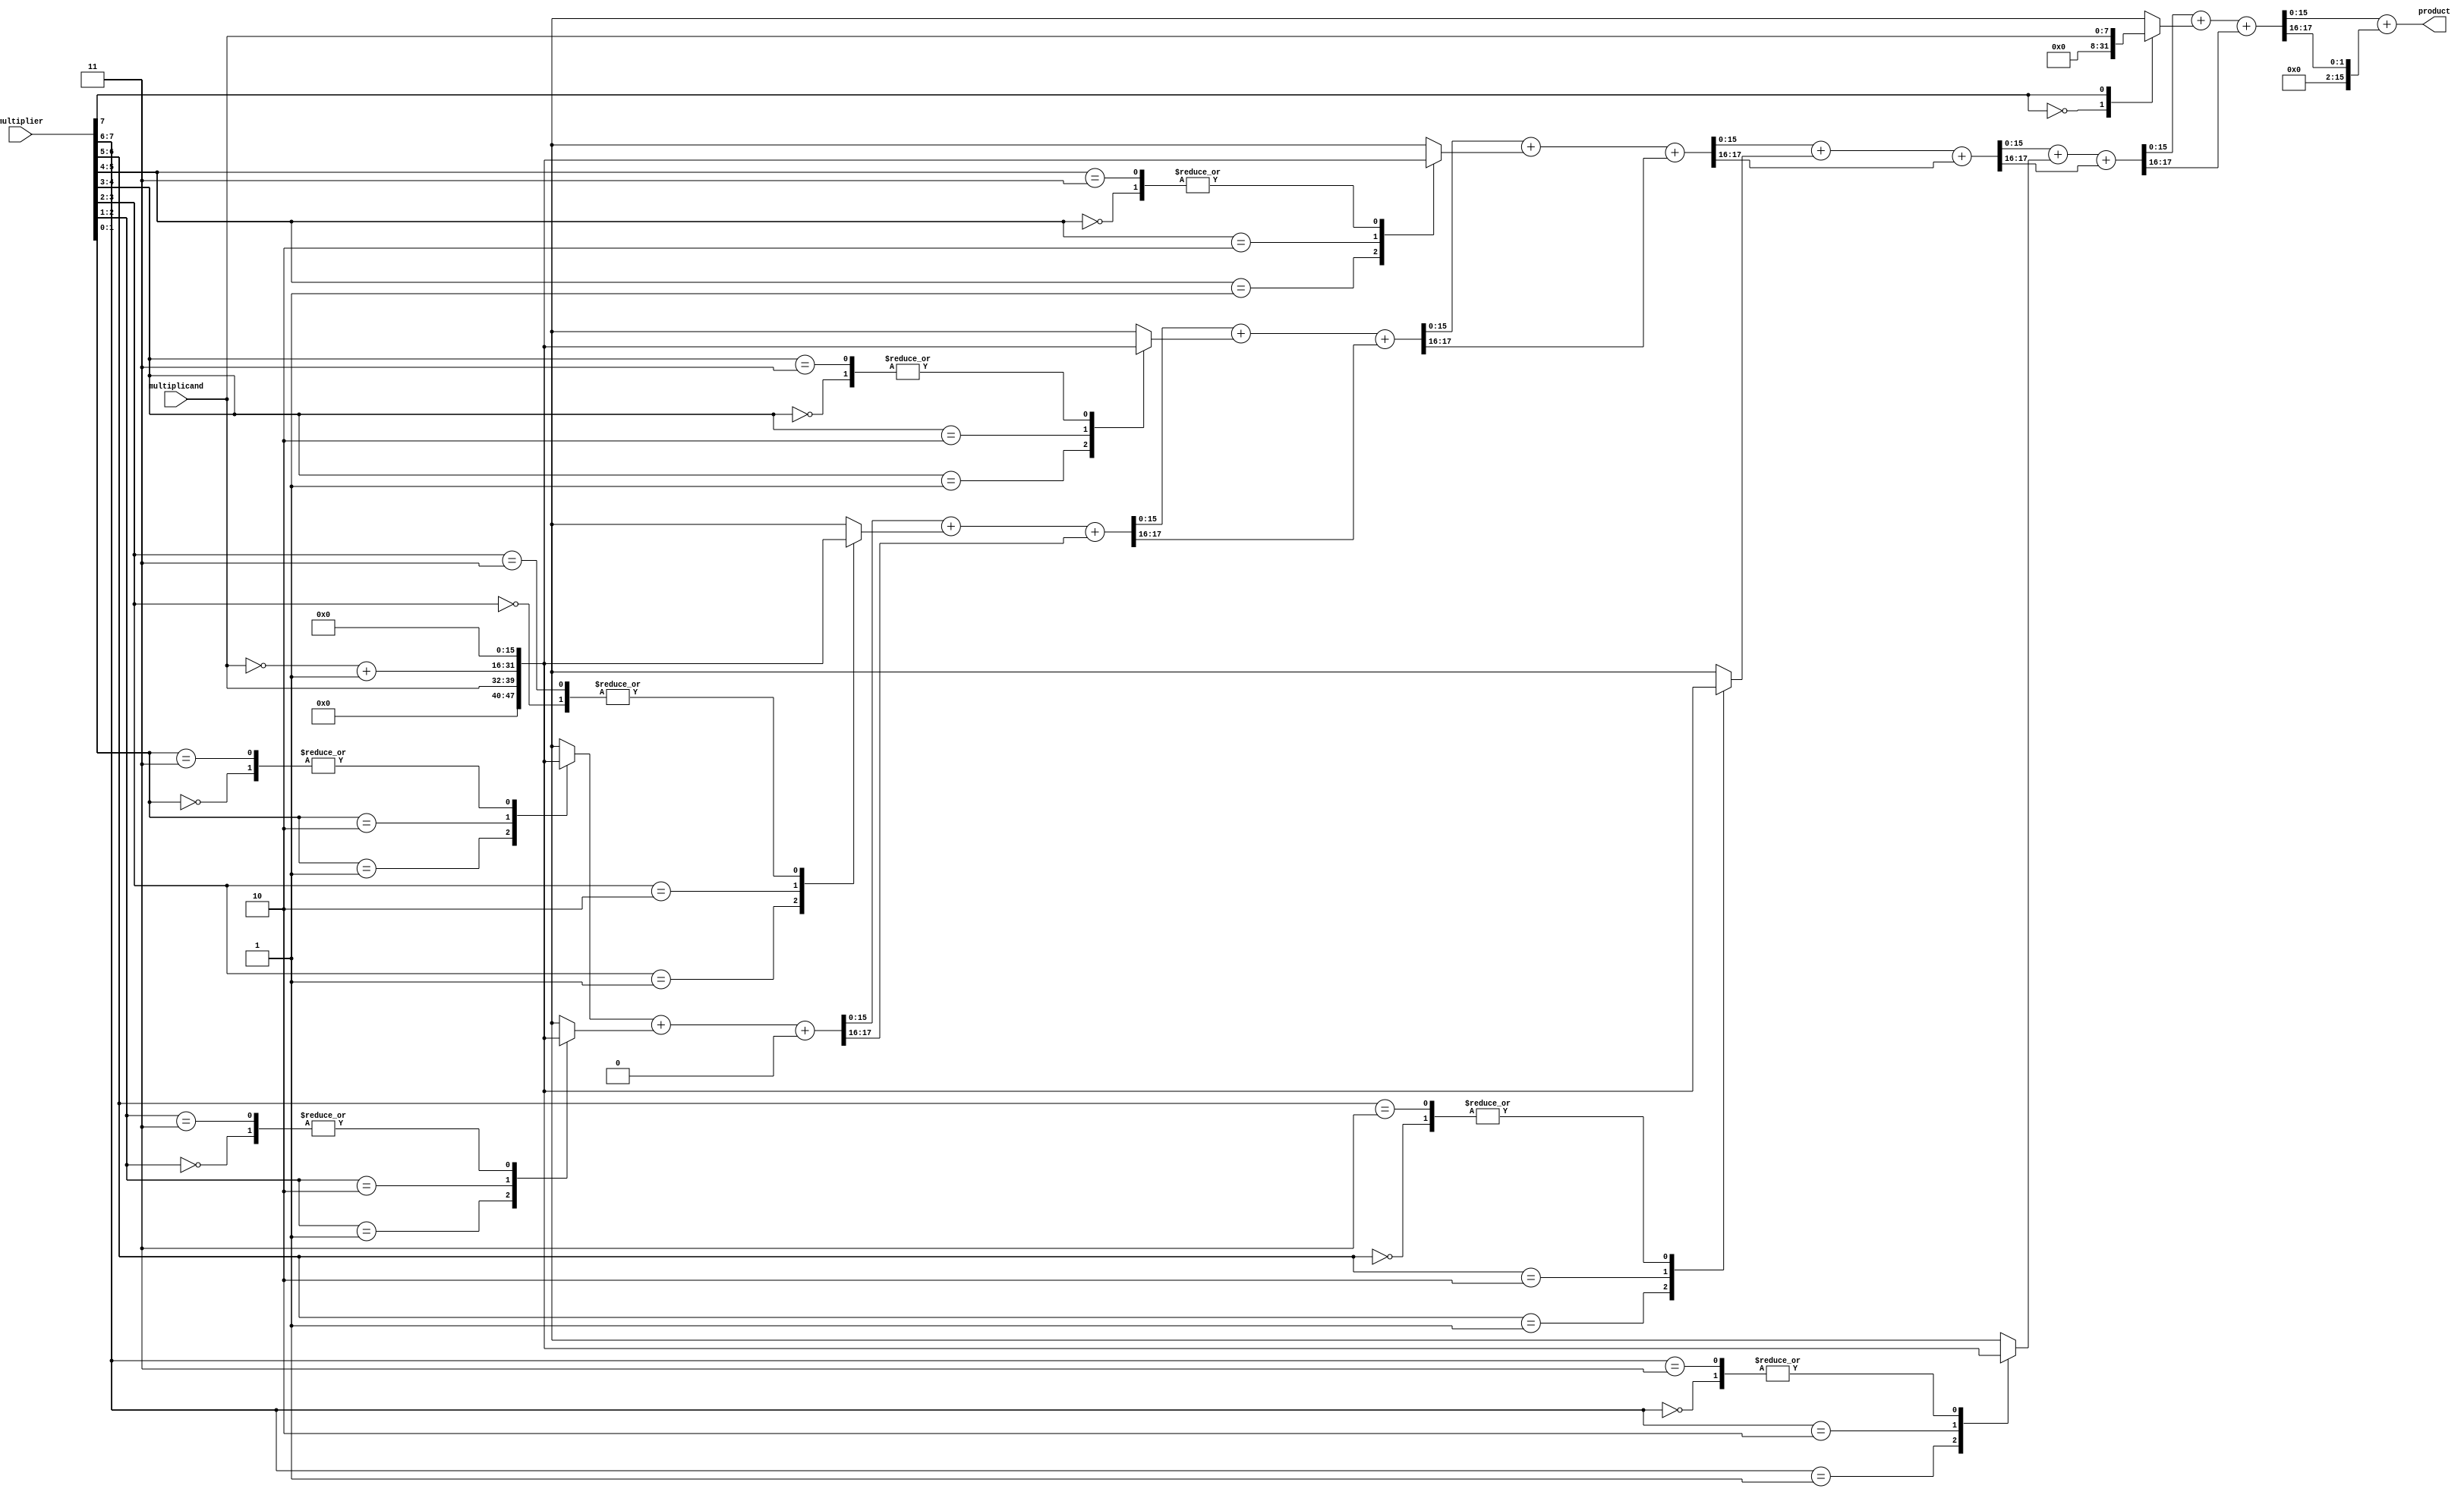
module booth_wallace_multiplier #(parameter A_WIDTH = 8, B_WIDTH = 8) (
    input  wire [A_WIDTH-1:0] multiplicand,
    input  wire [B_WIDTH-1:0] multiplier,
    output wire [A_WIDTH + B_WIDTH - 1:0] product
);

    // Internal signals
    reg [A_WIDTH + B_WIDTH - 1:0] partial_products [0:(B_WIDTH-1)];
    reg [B_WIDTH:0] booth_encoded;
    integer i;

    // Booth encoding and partial product generation
    always @(*) begin
        booth_encoded = {1'b0, multiplier}; // Extend multiplier for encoding
        for (i = 0; i < B_WIDTH; i = i + 1) begin
            case (booth_encoded[i+1:i])
                2'b00: partial_products[i] = 0; // No action
                2'b01: partial_products[i] = multiplicand; // Add M
                2'b10: partial_products[i] = ~multiplicand + 1'b1; // Subtract M (two's complement)
                2'b11: partial_products[i] = 0; // No action
            endcase
        end
    end

    // Wallace tree reduction
    wire [A_WIDTH + B_WIDTH - 1:0] sum [0:(B_WIDTH-1)];
    wire [A_WIDTH + B_WIDTH - 1:0] carry [0:(B_WIDTH-1)];
    
    // Initialize the first level of the Wallace tree
    assign sum[0] = partial_products[0];
    assign carry[0] = 0;

    // Reduction process
    genvar j;
    generate
        for (j = 1; j < B_WIDTH; j = j + 1) begin : reduction
            wire [A_WIDTH + B_WIDTH - 1:0] a, b, c;
            assign a = sum[j-1];
            assign b = partial_products[j];
            assign c = carry[j-1];

            // Full adder logic for Wallace tree
            assign {carry[j], sum[j]} = a + b + c;
        end
    endgenerate

    // Final addition stage
    wire [A_WIDTH + B_WIDTH - 1:0] final_sum;
    wire [A_WIDTH + B_WIDTH - 1:0] final_carry;

    assign {final_carry, final_sum} = sum[B_WIDTH-1] + carry[B_WIDTH-1];

    // Output the final product
    assign product = final_sum;

endmodule